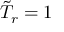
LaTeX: { \tilde { T } } _ { r } = 1